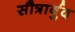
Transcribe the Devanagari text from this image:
सौत्रार्बुद